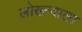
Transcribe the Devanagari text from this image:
लोख्न्दाला